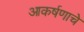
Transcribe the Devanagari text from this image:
आकर्षणाचे